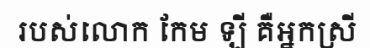
របស់លោក កែម ឡី គឺអ្នកស្រី